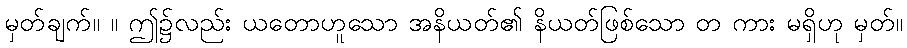
မှတ်ချက်။ ။ ဤ၌လည်း ယတောဟူသော အနိယတ်၏ နိယတ်ဖြစ်သော တ ကား မရှိဟု မှတ်။